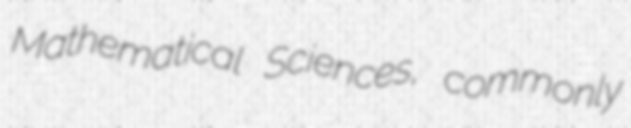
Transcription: Mathematical Sciences, commonly